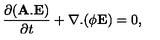
\frac { \partial ( { \bf A } . { \bf E } ) } { \partial t } + \nabla . ( \phi { \bf E } ) = 0 ,